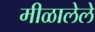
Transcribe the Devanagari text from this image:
मीळालेले